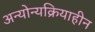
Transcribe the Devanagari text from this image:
अन्योन्यक्रियाहीन